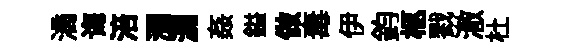
滴诲涪瀰漏姦鎰做毒伊鈞柩戮澈杜